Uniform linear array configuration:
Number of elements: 16
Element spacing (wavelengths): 0.5
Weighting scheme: kaiser
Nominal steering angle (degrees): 60
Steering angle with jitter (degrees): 58.623
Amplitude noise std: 0.05
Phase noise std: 0.05

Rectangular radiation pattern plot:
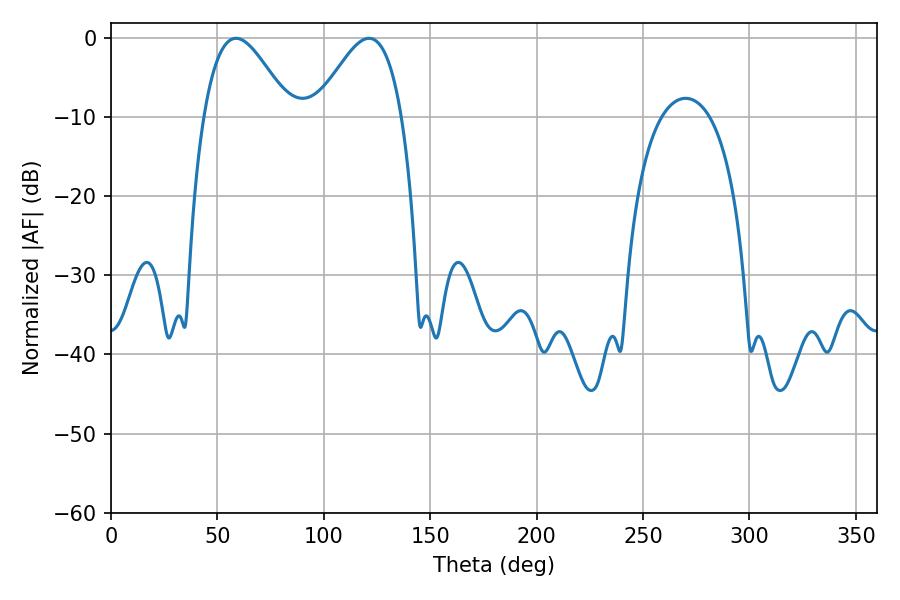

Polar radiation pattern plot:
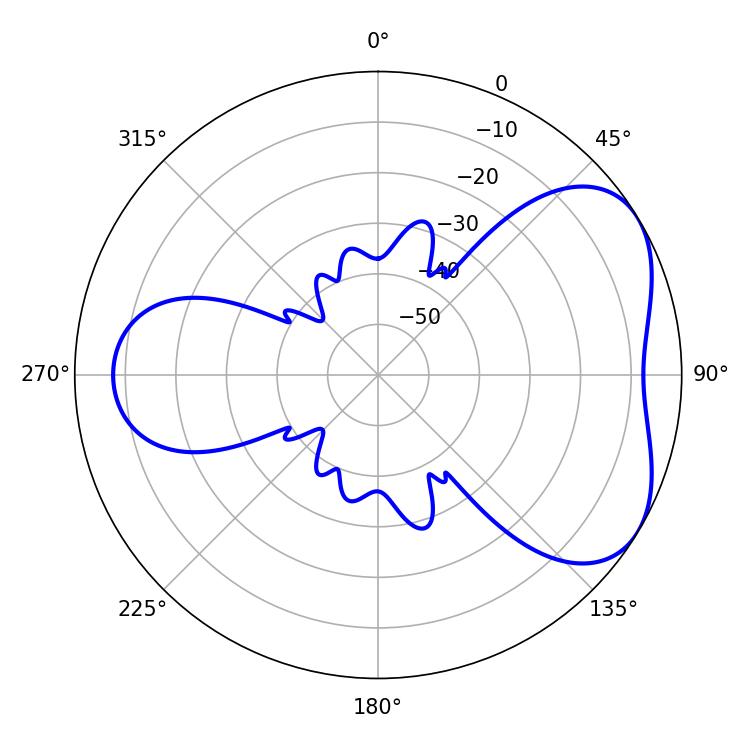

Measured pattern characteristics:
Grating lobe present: FALSE
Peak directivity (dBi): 4.736
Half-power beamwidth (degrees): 21.78
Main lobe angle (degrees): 58.68